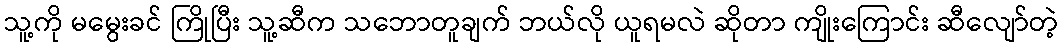
သူ့ကို မမွေးခင် ကြိုပြီး သူ့ဆီက သဘောတူချက် ဘယ်လို ယူရမလဲ ဆိုတာ ကျိုးကြောင်း ဆီလျော်တဲ့